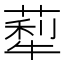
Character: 䔣